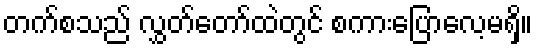
တက်စသည် လွှတ်တော်ထဲတွင် စကားပြောလေ့မရှိ။